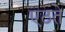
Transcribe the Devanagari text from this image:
एठते